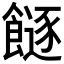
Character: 𩞈